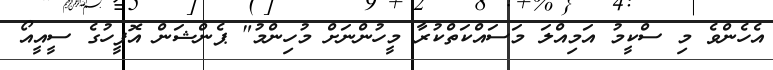
އެހެންވެ މި ސްކީމު އަމިއްލަ މަސައްކަތްކުރާ މީހުންނަށް މުހިންމު" ޕެންޝަން އޮފީހުގެ ސީއީއޯ